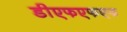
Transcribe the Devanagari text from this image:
डीएफएफएफ